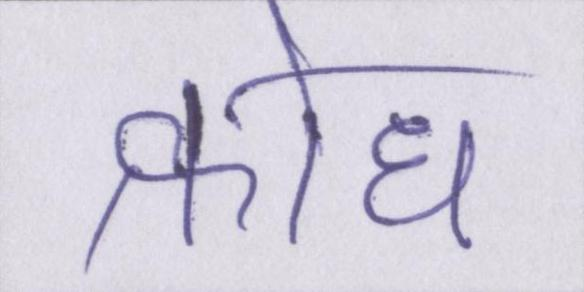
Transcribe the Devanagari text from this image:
क्रोध